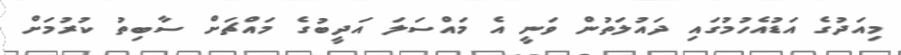
މިއަދުގެ އަޑުއެހުމުގައި ދައުލަތުން ވަނީ އެ މައްސަލަ އަދީބުގެ މައްޗަށް ސާބިތު ކުރުމަށް